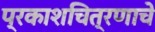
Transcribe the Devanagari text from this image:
प्रकाशचित्रणाचे